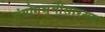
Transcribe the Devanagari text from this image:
संयोगभूमीसारख्या